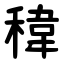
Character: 稦